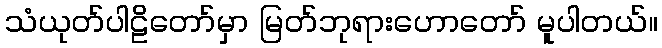
သံယုတ်ပါဠိတော်မှာ မြတ်ဘုရားဟောတော် မူပါတယ်။